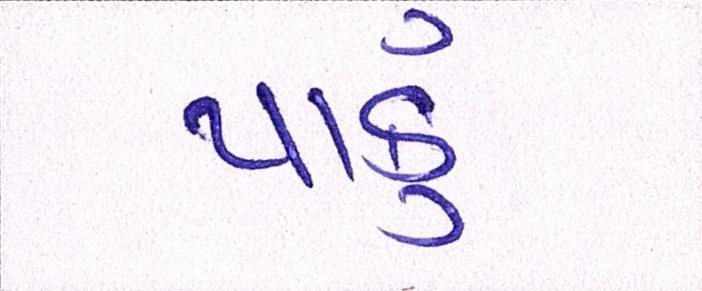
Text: પાકું